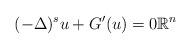
LaTeX: \begin{align*} (-\Delta)^su+G'(u)=0\mathbb{R}^n \end{align*}